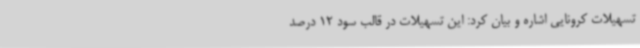
تسهیلات کرونایی اشاره و بیان کرد: این تسهیلات در قالب سود 12 درصد